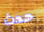
حدث